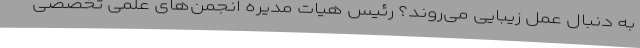
به دنبال عمل زیبایی می‌روند؟ رئیس هیات مدیره انجمن‌های علمی تخصصی